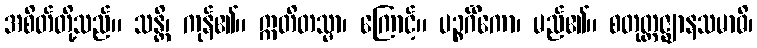
အစိတ်တို့သည်။ သန္တိ၊ ကုန်၏။ ဣတိတသ္မာ၊ ကြောင့်။ ပဉ္စင်္ဂိကော၊ မည်၏။ စတုတ္ထဇ္ဈာနသမာဓိ၊